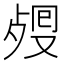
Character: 𣨏